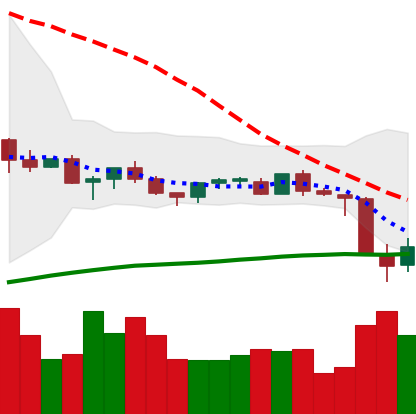
Ticker: TRX-USD
Chart end date: 2021-06-23
Forward return: 17.065%
Label: up_7plus